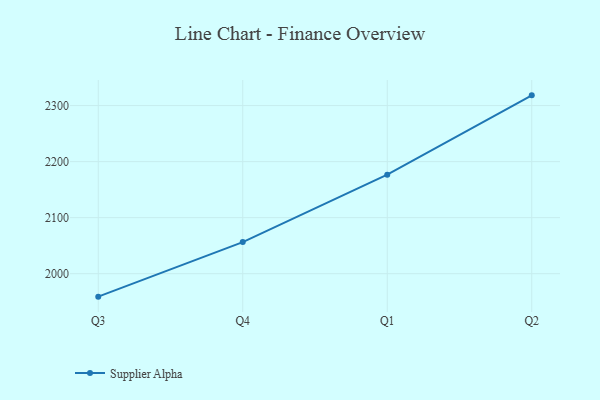
{"axis": {"x": "Quarter", "y": "Website Visitors"}, "legend": ["Supplier Alpha"], "data": [{"x": "Q3", "y": 1959.0, "type": "Supplier Alpha"}, {"x": "Q4", "y": 2056.4, "type": "Supplier Alpha"}, {"x": "Q1", "y": 2176.8, "type": "Supplier Alpha"}, {"x": "Q2", "y": 2318.3, "type": "Supplier Alpha"}]}